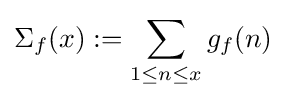
\Sigma _{f}(x):=\sum _{1\leq n\leq x}g_{f}(n)